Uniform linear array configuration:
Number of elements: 12
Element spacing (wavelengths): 0.25
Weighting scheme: blackman
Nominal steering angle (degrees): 30
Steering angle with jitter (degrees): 31.531
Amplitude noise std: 0.05
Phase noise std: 0.05

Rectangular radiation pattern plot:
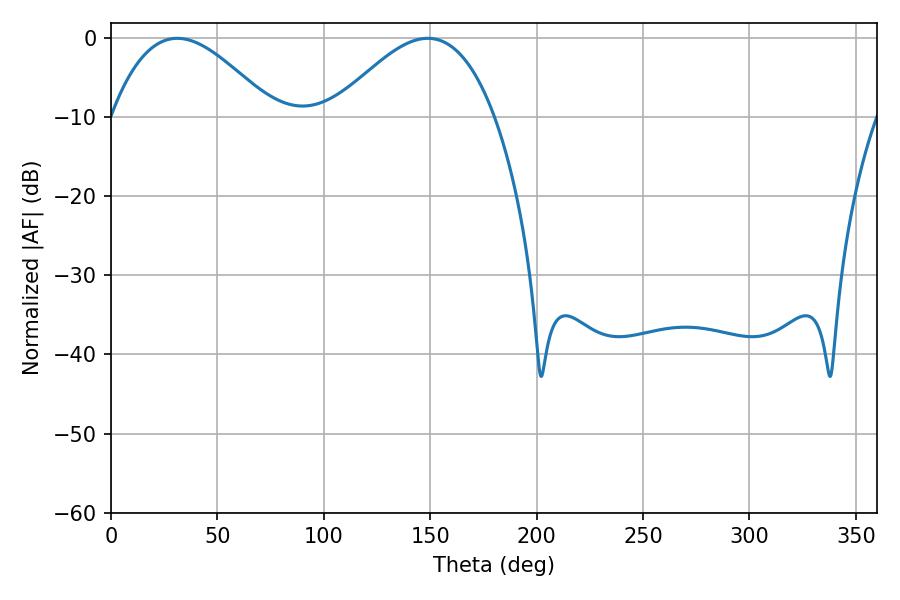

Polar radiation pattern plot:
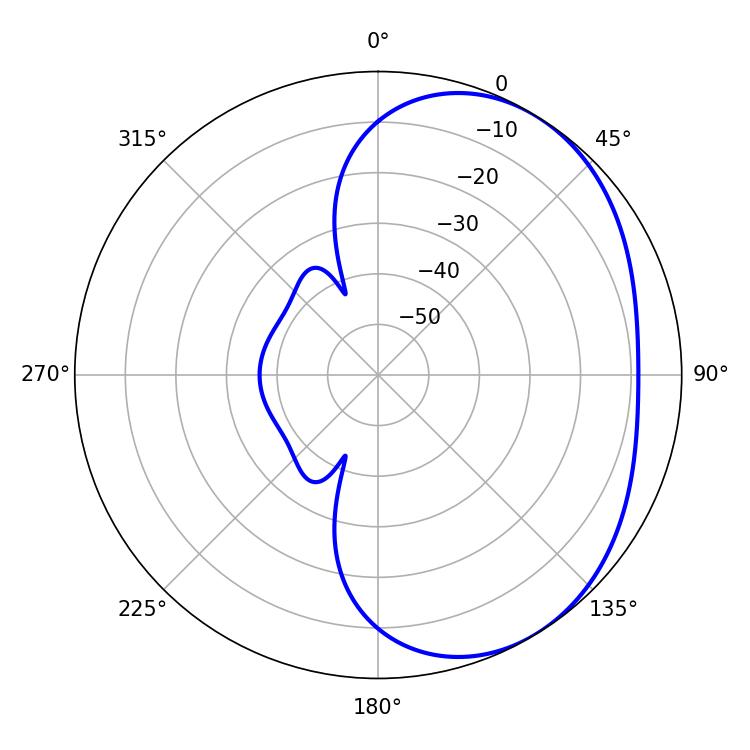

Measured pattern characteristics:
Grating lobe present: FALSE
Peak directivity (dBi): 3.381
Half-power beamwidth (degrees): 41.22
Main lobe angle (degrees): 31.14